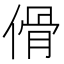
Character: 傦